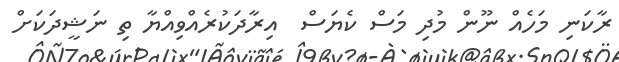
ރާކަނި މަހެއް ނޫން މުދި މަސް ކެޔަސް  އިރާދަކުރެއްވިއްޔާ ތި ނަޝީދަކަށް